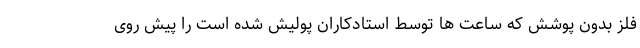
فلز بدون پوشش که ساعت ها توسط استادکاران پولیش شده است را پیش روی